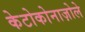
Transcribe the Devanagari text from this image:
केटोकोनाज़ोले